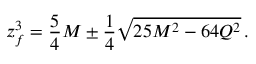
z _ { f } ^ { 3 } = { \frac { 5 } { 4 } } M \pm { \frac { 1 } { 4 } } \sqrt { 2 5 M ^ { 2 } - 6 4 Q ^ { 2 } } \, .